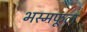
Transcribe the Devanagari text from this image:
भस्मफूल